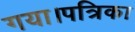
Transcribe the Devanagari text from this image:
गया।पत्रिका